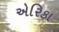
એરિકા